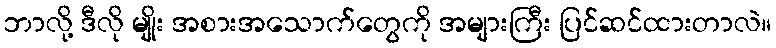
ဘာလို့ ဒီလို မျိုး အစားအသောက်တွေကို အများကြီး ပြင်ဆင်ထားတာလဲ။